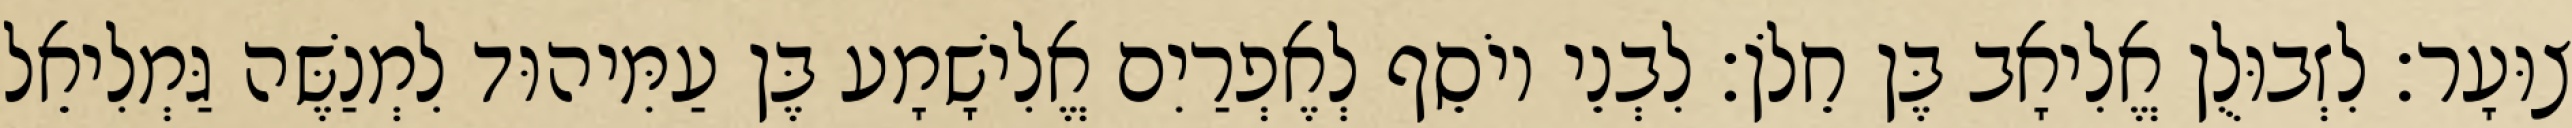
צוּעָר׃ לִזְבוּלֻן אֱלִיאָב בֶּן חֵלֹן׃ לִבְנֵי יוֹסֵף לְאֶפְרַיִם אֱלִישָׁמָע בֶּן עַמִּיהוּד לִמְנַשֶּׁה גַּמְלִיאֵל